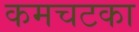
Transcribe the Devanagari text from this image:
कमचटका